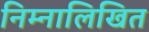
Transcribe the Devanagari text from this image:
निम्नालिखित